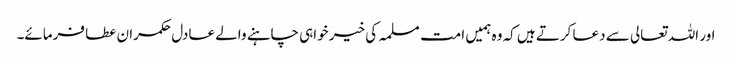
اور اللہ تعالی سے دعا کرتے ہیں کہ وہ ہمیں امت مسلمہ کی خیر خواہی چاہنے والے عادل حکمران عطا فرمائے۔